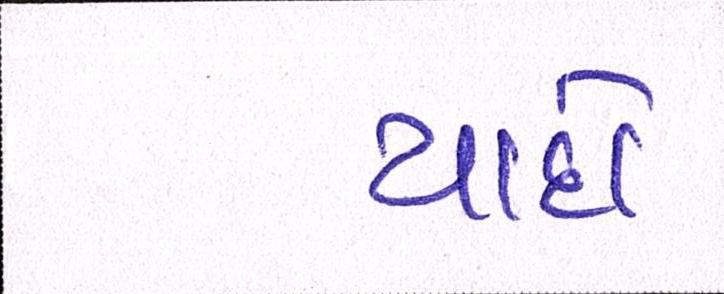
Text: યાદો